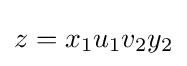
z=x_{1}u_{1}v_{2}y_{2}